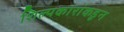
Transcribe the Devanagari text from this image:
शिल्पकारांकडून